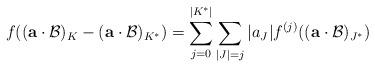
LaTeX: \begin{align*} f( ( \mathbf{a} \cdot \mathcal{B})_{K} - (\mathbf{a} \cdot \mathcal{B})_{K^{*}} ) = \sum_{j=0}^{|K^{*}|} \sum_{|J| = j} |a_{J}| f^{(j)}( (\mathbf{a} \cdot \mathcal{B})_{J^{*}}) \end{align*}